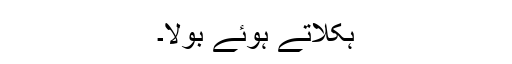
ہکلاتے ہوئے بولا۔